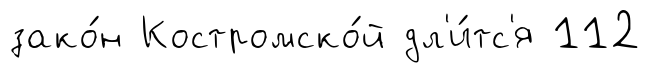
зако́н Костромско́й дл'и́тс'я 112